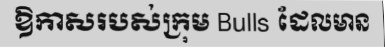
ឱកាសរបស់ក្រុម Bulls ដែលមាន